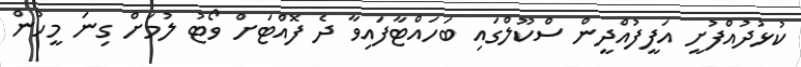
ކުޅުދުއްފުށީ އަފީފުއްދީން ސްކޫލްގައި ބަހައްޓާފައިވާ ދެ ފޮއްޓަށް ވޯޓު ލުމަށް ގިނަ މީހުން